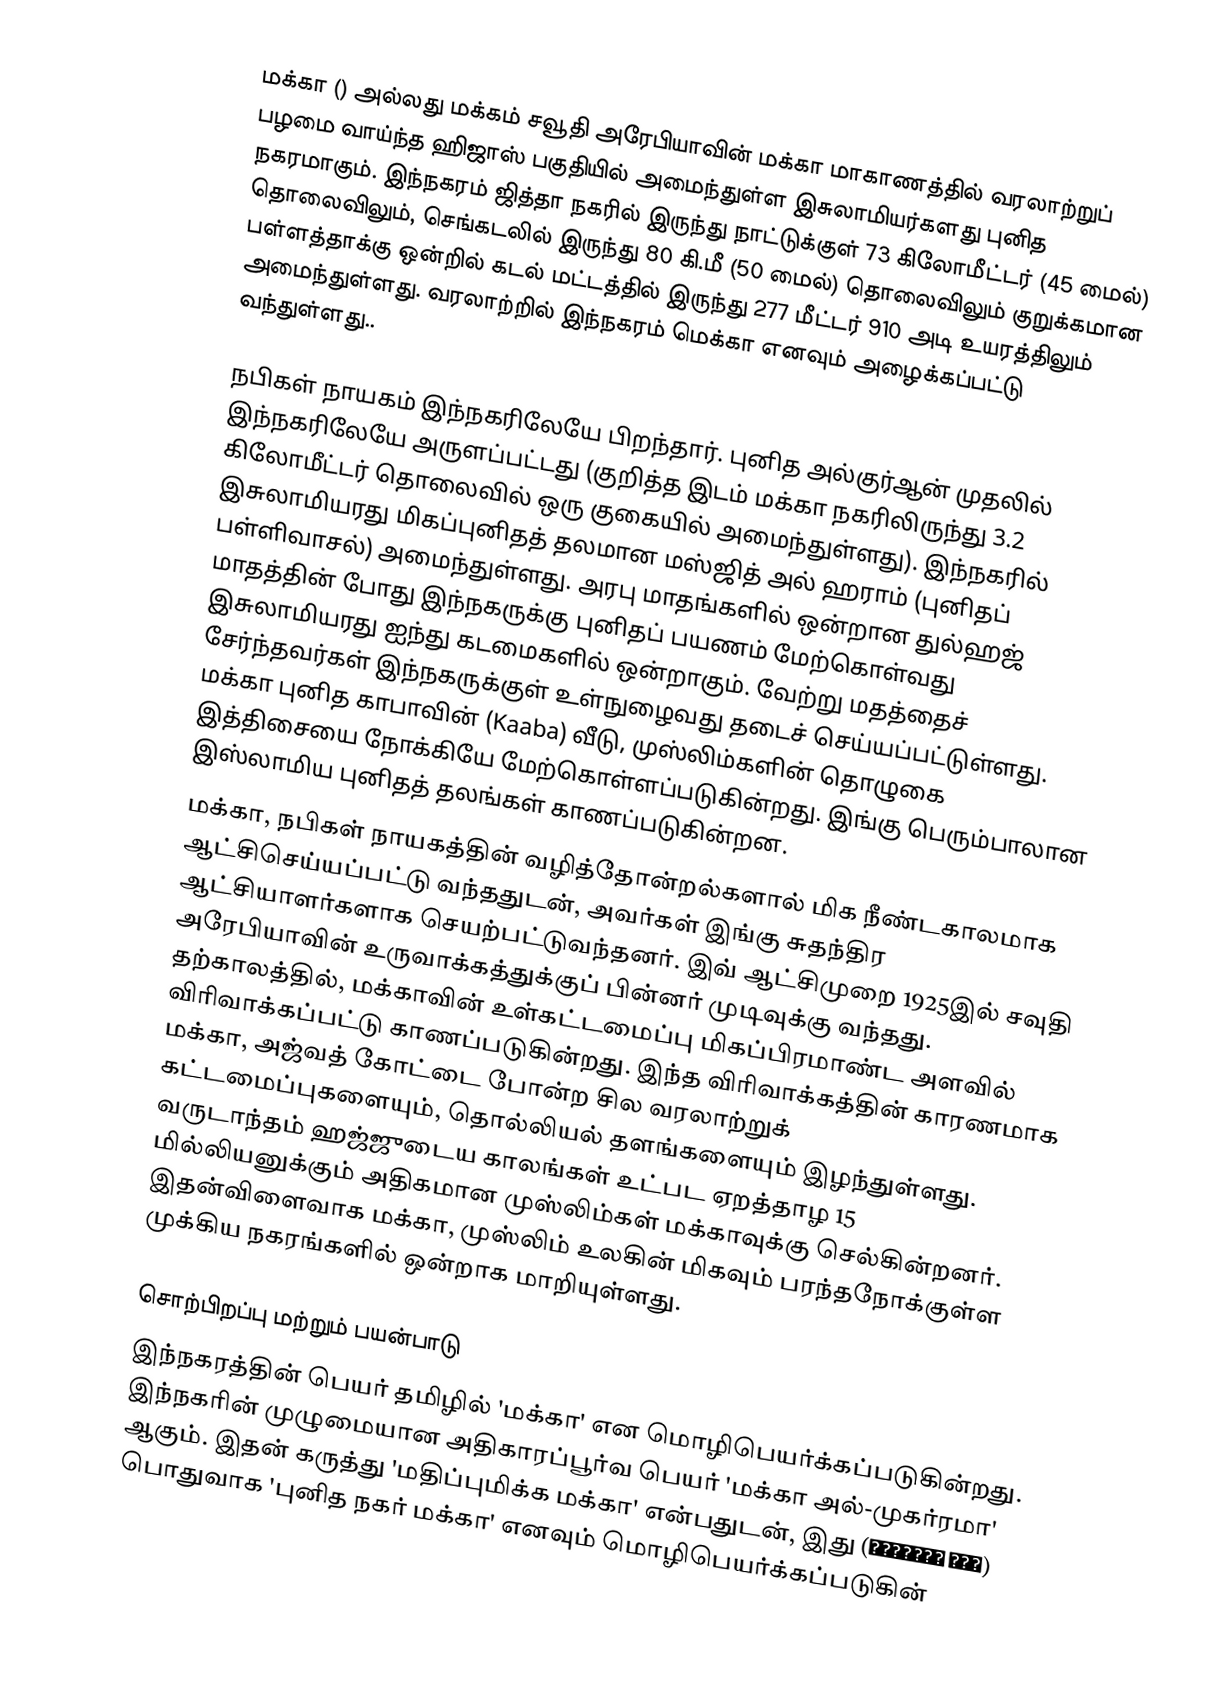
மக்கா  () அல்லது மக்கம் சவூதி அரேபியாவின் மக்கா மாகாணத்தில் வரலாற்றுப் பழமை வாய்ந்த ஹிஜாஸ் பகுதியில் அமைந்துள்ள இசுலாமியர்களது புனித நகரமாகும். இந்நகரம் ஜித்தா நகரில் இருந்து நாட்டுக்குள் 73 கிலோமீட்டர் (45 மைல்) தொலைவிலும், செங்கடலில் இருந்து 80 கி.மீ (50 மைல்) தொலைவிலும் குறுக்கமான பள்ளத்தாக்கு ஒன்றில் கடல் மட்டத்தில் இருந்து 277 மீட்டர் 910 அடி உயரத்திலும் அமைந்துள்ளது. வரலாற்றில் இந்நகரம் மெக்கா எனவும் அழைக்கப்பட்டு வந்துள்ளது..

நபிகள் நாயகம் இந்நகரிலேயே பிறந்தார். புனித அல்குர்ஆன் முதலில் இந்நகரிலேயே அருளப்பட்டது (குறித்த இடம் மக்கா நகரிலிருந்து 3.2 கிலோமீட்டர் தொலைவில் ஒரு குகையில் அமைந்துள்ளது). இந்நகரில் இசுலாமியரது மிகப்புனிதத் தலமான மஸ்ஜித் அல் ஹராம் (புனிதப் பள்ளிவாசல்) அமைந்துள்ளது. அரபு மாதங்களில் ஒன்றான துல்ஹஜ் மாதத்தின் போது இந்நகருக்கு புனிதப் பயணம் மேற்கொள்வது இசுலாமியரது ஐந்து கடமைகளில் ஒன்றாகும். வேற்று மதத்தைச் சேர்ந்தவர்கள் இந்நகருக்குள் உள்நுழைவது தடைச் செய்யப்பட்டுள்ளது. மக்கா புனித காபாவின் (Kaaba) வீடு, முஸ்லிம்களின் தொழுகை இத்திசையை நோக்கியே மேற்கொள்ளப்படுகின்றது. இங்கு பெரும்பாலான இஸ்லாமிய புனிதத் தலங்கள் காணப்படுகின்றன.
மக்கா, நபிகள் நாயகத்தின் வழித்தோன்றல்களால் மிக நீண்டகாலமாக ஆட்சிசெய்யப்பட்டு வந்ததுடன், அவர்கள் இங்கு சுதந்திர ஆட்சியாளர்களாக செயற்பட்டுவந்தனர். இவ் ஆட்சிமுறை 1925இல் சவுதி அரேபியாவின் உருவாக்கத்துக்குப் பின்னர் முடிவுக்கு வந்தது. தற்காலத்தில், மக்காவின் உள்கட்டமைப்பு மிகப்பிரமாண்ட அளவில் விரிவாக்கப்பட்டு காணப்படுகின்றது. இந்த விரிவாக்கத்தின் காரணமாக மக்கா, அஜ்வத் கோட்டை போன்ற சில வரலாற்றுக் கட்டமைப்புகளையும், தொல்லியல் தளங்களையும் இழந்துள்ளது. வருடாந்தம் ஹஜ்ஜுடைய காலங்கள் உட்பட ஏறத்தாழ 15 மில்லியனுக்கும் அதிகமான முஸ்லிம்கள் மக்காவுக்கு செல்கின்றனர். இதன்விளைவாக மக்கா, முஸ்லிம் உலகின் மிகவும் பரந்தநோக்குள்ள முக்கிய நகரங்களில் ஒன்றாக மாறியுள்ளது.

சொற்பிறப்பு மற்றும் பயன்பாடு
இந்நகரத்தின் பெயர் தமிழில் 'மக்கா' என மொழிபெயர்க்கப்படுகின்றது. இந்நகரின் முழுமையான அதிகாரப்பூர்வ பெயர் 'மக்கா அல்-முகர்ரமா' (مكة المكرمة) ஆகும். இதன் கருத்து 'மதிப்புமிக்க மக்கா' என்பதுடன், இது பொதுவாக 'புனித நகர் மக்கா' எனவும் மொழிபெயர்க்கப்படுகின்